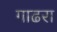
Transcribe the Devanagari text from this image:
गाढरा